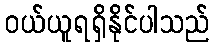
ဝယ်ယူရရှိနိုင်ပါသည်